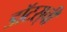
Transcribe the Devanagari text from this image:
डॉटस्‌ची